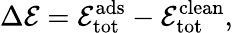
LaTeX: \Delta\mathcal{E}=\mathcal{E}_{\mathrm{{tot}}}^{\mathrm{{ads}}}-\mathcal{E}_{\mathrm{{tot}}}^{\mathrm{{clean}}},